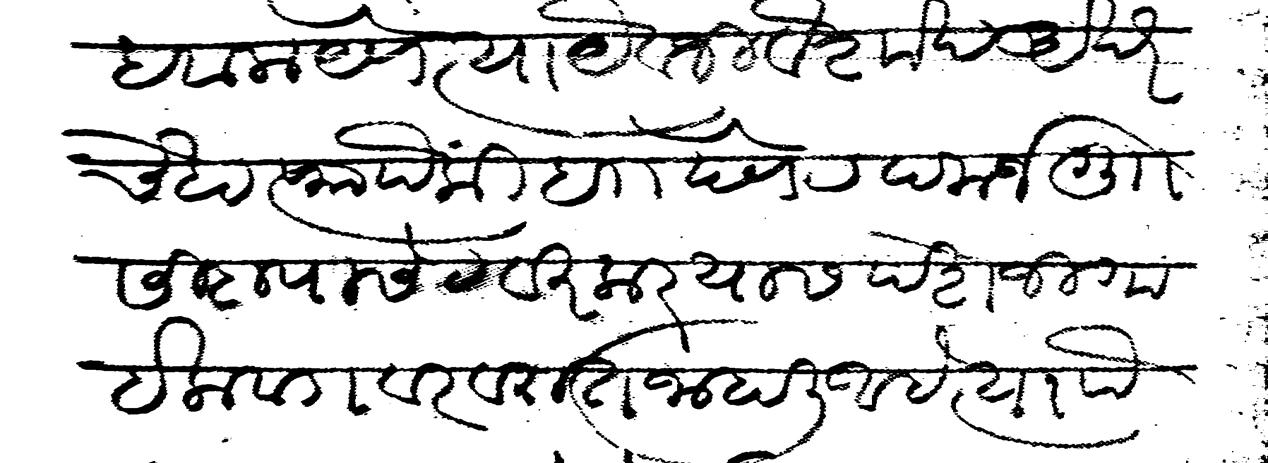
Transliteration (Devanagari): हवाला येणे त्या यैवजी वैशाख अखेरचे हाप्त्यापैकी ब देणे रदकर्ज गु सिदापा सेट वीरकर यास पेशजी गाईकवडावर वरात जाहाली आहे त्या पैकी